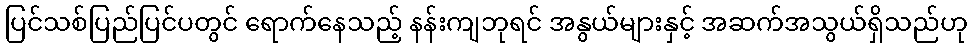
ပြင်သစ်ပြည်ပြင်ပတွင် ရောက်နေသည့် နန်းကျဘုရင် အနွယ်များနှင့် အဆက်အသွယ်ရှိသည်ဟု